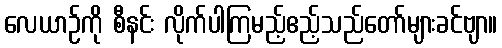
လေယာဉ်ကို စီနင်း လိုက်ပါကြမည့်ဧည့်သည်တော်များခင်ဗျာ။